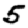
Digit: 5